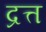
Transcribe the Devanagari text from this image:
द्रत्त